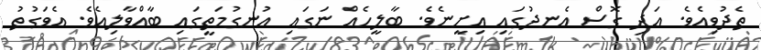
ތެދުވިއެވެ. އަދި ގޮސް އެނދުގައި އިށީނެވެ. ބާލީހެއް ނަގައި އުނގުމަތީގައި ބާއްވާލިއެވެ. އެވަގުތު